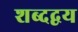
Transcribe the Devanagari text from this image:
शब्दद्वय